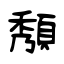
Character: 頺